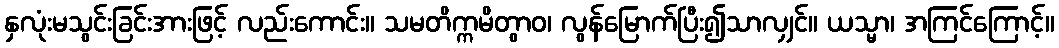
နှလုံးမသွင်းခြင်းအားဖြင့် လည်းကောင်း။ သမတိက္ကမိတွာဝ၊ လွန်မြောက်ပြီး၍သာလျှင်။ ယသ္မာ၊ အကြင်ကြောင့်။